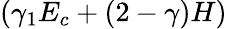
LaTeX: (\gamma_{1}E_{c}+(2-\gamma)H)